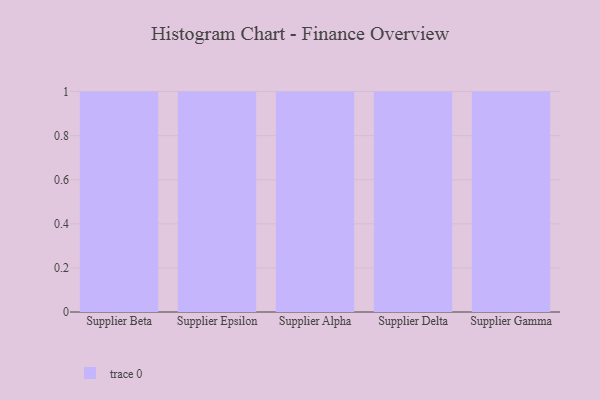
{"axis": {"x": "Supplier", "y": "Tickets Resolved"}, "legend": [""], "data": [{"x": "Supplier Beta", "y": 27, "type": ""}, {"x": "Supplier Epsilon", "y": 45, "type": ""}, {"x": "Supplier Alpha", "y": 57, "type": ""}, {"x": "Supplier Delta", "y": 14, "type": ""}, {"x": "Supplier Gamma", "y": 58, "type": ""}]}